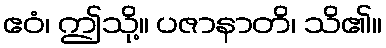
ဧဝံ၊ ဤသို့။ ပဇာနာတိ၊ သိ၏။